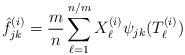
LaTeX: \begin{align*}\hat{f}_{jk}^{(i)}=\frac{m}{n}\sum_{\ell=1}^{n/m}X_\ell^{(i)}\psi_{jk}(T^{(i)}_\ell) \end{align*}